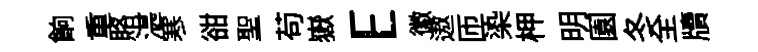
餉重賂湛寒𧮳聖苟嶽E徽遨匝𣑱柙明園冬全牘